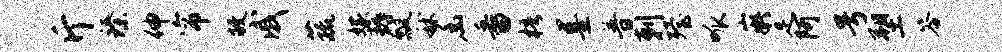
斤臻伸帘敝戚蔬嫁耨瓢秫幽番梧墨普剌殪呱嶷足阿号塑答